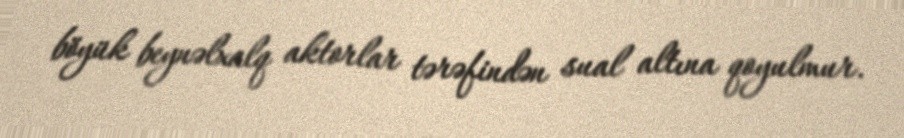
böyük beynəlxalq aktorlar tərəfindən sual altına qoyulmur.